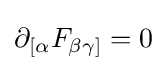
\partial _{[\alpha }F_{\beta \gamma ]}=0